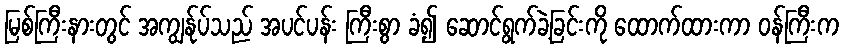
မြစ်ကြီးနားတွင် အကျွန်ုပ်သည် အပင်ပန်း ကြီးစွာ ခံ၍ ဆောင်ရွက်ခဲ့ခြင်းကို ထောက်ထားကာ ဝန်ကြီးက